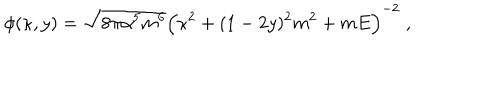
LaTeX: \phi ( \kappa , y ) = \sqrt { 8 \pi \alpha ^ { 5 } m ^ { 6 } } \Bigl ( \kappa ^ { 2 } + ( 1 - 2 y ) ^ { 2 } m ^ { 2 } + m E \Bigr ) ^ { - 2 } \; ,